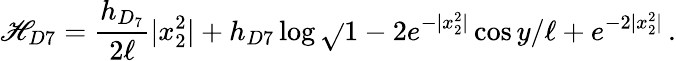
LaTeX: \mathscr{H}_{D7}=\frac{{h_{D_{7}}}}{{2\ell}}|x_{2}^{2}|+h_{D7}\log{\sqrt{}{{1-2e^{-|x_{2}^{2}|}\cos{y/\ell}+e^{-2|x_{2}^{2}|}}}}\, .